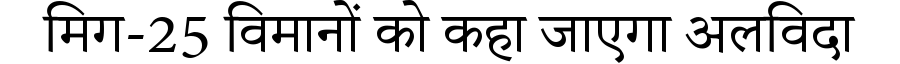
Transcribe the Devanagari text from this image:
मिग-25 विमानों को कहा जाएगा अलविदा